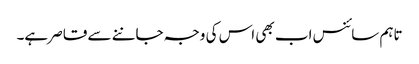
تاہم سائنس اب بھی اس کی وجہ جاننے سے قاصر ہے۔